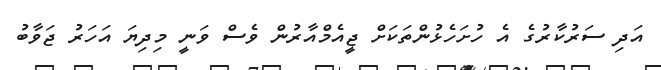
އަދި ސަރުކާރުގެ އެ ހުށަހެޅުންތަކަށް ޖީއެމްއާރުން ވެސް ވަނީ މިދިޔަ އަހަރު ޖަވާބު